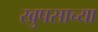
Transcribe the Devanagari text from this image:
खुपसाच्या